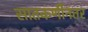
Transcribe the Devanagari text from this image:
सातकर्णीनंतर